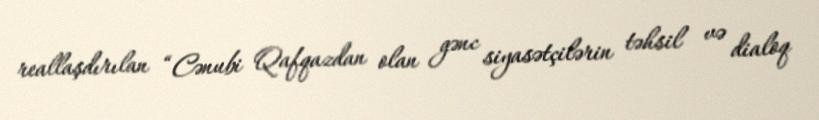
reallaşdırılan “Cənubi Qafqazdan olan gənc siyasətçilərin təhsil və dialoq